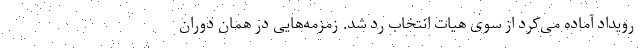
رویداد آماده می‌کرد از سوی هیات انتخاب رد شد. زمزمه‌هایی در همان دوران